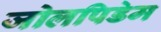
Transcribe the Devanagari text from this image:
जोलपिडेम